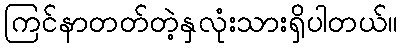
ကြင်နာတတ်တဲ့နှလုံးသားရှိပါတယ်။